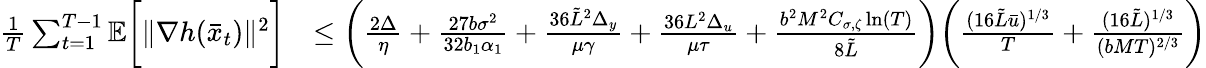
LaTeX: \begin{array}{rl}{\frac{1}{T}\sum_{t=1}^{T-1}\mathbb{E}\bigg[\| \nabla h(\bar{x}_{t})\| ^{2}\bigg]}&{\leq\bigg(\frac{2\Delta}{\eta}+\frac{27b\sigma^{2}}{32b_{1}\alpha_{1}}+\frac{36\tilde{L}^{2}\Delta_{y}}{\mu\gamma}+\frac{36L^{2}\Delta_{u}}{\mu\tau}+\frac{b^{2}M^{2}C_{\sigma,\zeta}\ln(T)}{8\tilde{L}}\bigg)\bigg(\frac{(16\tilde{L}\bar{u})^{1/3}}{T}+\frac{(16\tilde{L})^{1/3}}{(bMT)^{2/3}}\bigg)}\end{array}